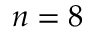
n = 8